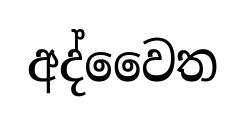
අද්වෛත